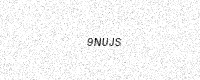
Text: 9NUJS